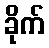
ခိုက်